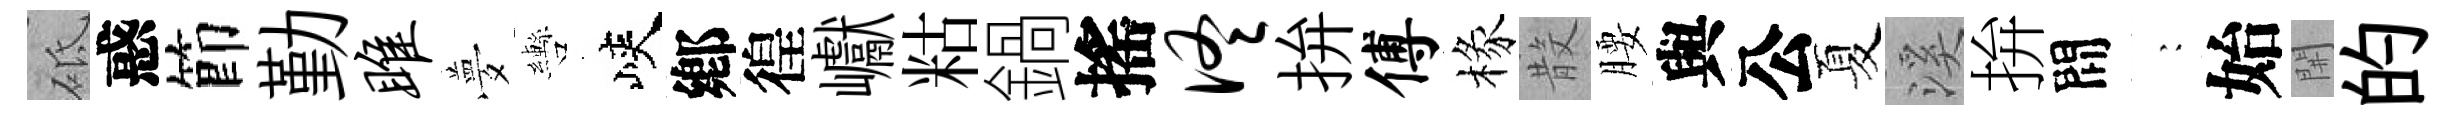
砥惑節勤雎夢轡峽鄕徨巘䊀鍋搖佟拚傅椽𣪚腰與公夏溪拚間巍始𨳩的